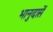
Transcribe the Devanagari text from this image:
भानुदासें